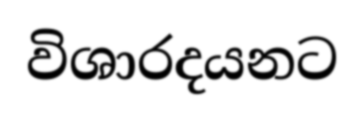
විශාරදයනට